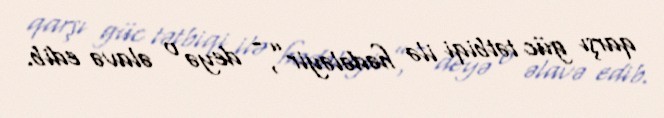
qarşı güc tətbiqi ilə hədələyir”, - deyə o əlavə edib.